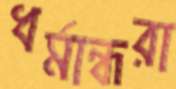
ধর্মান্ধরা